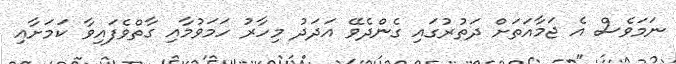
ނަމަވެސް އެ ޖަމާއަތަށް ދަތުރުގައި ގެންދެވޭ އަދަދު މިހާރު ހަމަވުމާއި ގާތްވެފައިވާ ކަމަށާއި